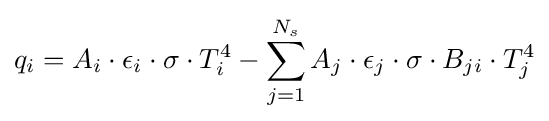
q_{i}=A_{i}\cdot \epsilon _{i}\cdot \sigma \cdot T_{i}^{4}-\sum _{j=1}^{N_{s}}A_{j}\cdot \epsilon _{j}\cdot \sigma \cdot B_{ji}\cdot T_{j}^{4}